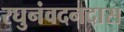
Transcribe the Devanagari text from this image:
रघुनंवदनदास